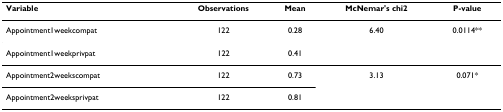
<table><thead><tr><td><b>Variable</b></td><td><b>Observations</b></td><td><b>Mean</b></td><td><b>McNemar&#x27;s chi2</b></td><td><b>P-value</b></td></tr></thead><tbody><tr><td>Appointment1weekcompat</td><td>122</td><td>0.28</td><td>6.40</td><td>0.0114**</td></tr><tr><td>Appointment1weekprivpat</td><td>122</td><td>0.41</td><td></td><td></td></tr><tr><td>Appointment2weekscompat</td><td>122</td><td>0.73</td><td>3.13</td><td>0.071*</td></tr><tr><td>Appointment2weeksprivpat</td><td>122</td><td>0.81</td><td></td><td></td></tr></tbody></table>